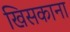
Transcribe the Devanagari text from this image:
खिसकाना